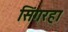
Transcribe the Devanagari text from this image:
सिंगरहा